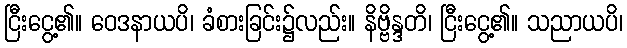
ငြီးငွေ့၏။ ဝေဒနာယပိ၊ ခံစားခြင်း၌လည်း။ နိဗ္ဗိန္ဒတိ၊ ငြီးငွေ့၏။ သညာယပိ၊